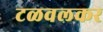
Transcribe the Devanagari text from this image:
टळवलकर